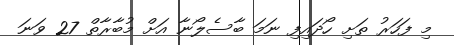
މި ފަހަރު ތަށި ހޯދައިފި ނަމަ ބާސެލޯނާ އަށް މުބާރާތް 27 ވަނަ